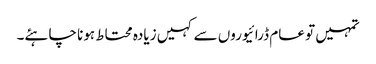
تمہیں تو عام ڈرائیوروں سے کہیں زیادہ محتاط ہونا چاہئے۔